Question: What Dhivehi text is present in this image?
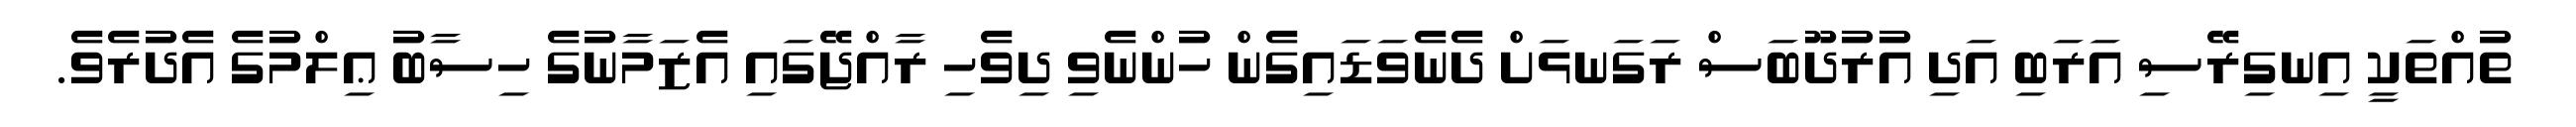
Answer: ތުއްތަކީ އިނގިރޭސި އަރަބި އަދި އުރުދޫބަސް ރަގަނޅަށް ދެނެވަޑައިގެން ހުންނެވި ދިވެހި ރާއްޖޭގައި އެޒަމާނުގެ ހިސާބު ޢިލްމުގެ އެދުރެވެ.